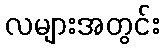
လများအတွင်း